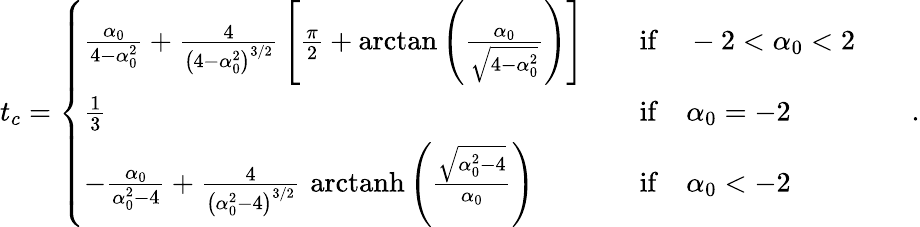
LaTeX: t_{c}=\left\{ \begin{array}{lll}{\frac{\alpha_{0}}{4-\alpha_{0}^{2}}+\frac{4}{\left(4-\alpha_{0}^{2}\right)^{3/2}}\, \left[\frac{\pi}{2}+\arctan\left(\frac{\alpha_{0}}{\sqrt{4-\alpha_{0}^{2}}}\right)\right]}&&{\mathrm{if}\quad-2<\alpha_{0}<2}\\ {\frac{1}{3}}&&{\mathrm{if}\quad\alpha_{0}=-2}\\ {-\frac{\alpha_{0}}{\alpha_{0}^{2}-4}+\frac{4}{\left(\alpha_{0}^{2}-4\right)^{3/2}}\, \, \mathrm{arctanh}\left(\frac{\sqrt{\alpha_{0}^{2}-4}}{\alpha_{0}}\right)}&&{\mathrm{if}\quad\alpha_{0}<-2}\end{array}\right.\qquad.